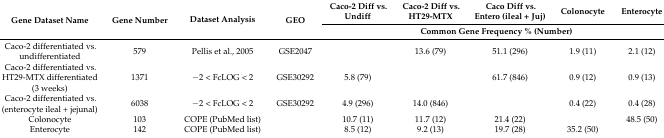
<table><thead><tr><td rowspan="2"><b>Gene Dataset Name</b></td><td rowspan="2"><b>Gene Number</b></td><td rowspan="2"><b>Dataset Analysis</b></td><td rowspan="2"><b>GEO</b></td><td><b>Caco-2 Diff vs. Undiff</b></td><td><b>Caco-2 Diff vs. HT29-MTX</b></td><td><b>Caco Diff vs. Entero (ileal + Juj)</b></td><td><b>Colonocyte</b></td><td><b>Enterocyte</b></td></tr><tr><td colspan="5"><b>Common Gene Frequency % (Number)</b></td></tr></thead><tbody><tr><td>Caco-2 differentiated vs. undifferentiated</td><td>579</td><td>Pellis et al., 2005</td><td>GSE2047</td><td></td><td>13.6 (79)</td><td>51.1 (296)</td><td>1.9 (11)</td><td>2.1 (12)</td></tr><tr><td>Caco-2 differentiated vs. HT29-MTX differentiated (3 weeks)</td><td>1371</td><td>−2 &lt; FcLOG &lt; 2</td><td>GSE30292</td><td>5.8 (79)</td><td></td><td>61.7 (846)</td><td>0.9 (12)</td><td>0.9 (13)</td></tr><tr><td>Caco-2 differentiated vs. (enterocyte ileal + jejunal)</td><td>6038</td><td>−2 &lt; FcLOG &lt; 2</td><td>GSE30292</td><td>4.9 (296)</td><td>14.0 (846)</td><td></td><td>0.4 (22)</td><td>0.4 (28)</td></tr><tr><td>Colonocyte</td><td>103</td><td>COPE (PubMed list)</td><td></td><td>10.7 (11)</td><td>11.7 (12)</td><td>21.4 (22)</td><td></td><td>48.5 (50)</td></tr><tr><td>Enterocyte</td><td>142</td><td>COPE (PubMed list)</td><td></td><td>8.5 (12)</td><td>9.2 (13)</td><td>19.7 (28)</td><td>35.2 (50)</td><td></td></tr></tbody></table>